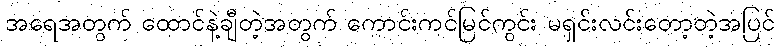
အရေအတွက် ထောင်နဲ့ချီတဲ့အတွက် ကောင်းကင်မြင်ကွင်း မရှင်းလင်းတော့တဲ့အပြင်